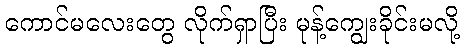
ကောင်မလေးတွေ လိုက်ရှာပြီး မုန့်ကျွေးခိုင်းမလို့